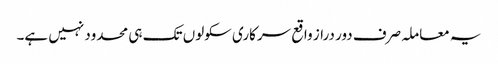
یہ معاملہ صرف دور دراز واقع سرکاری سکولوں تک ہی محدود نہیں ہے۔